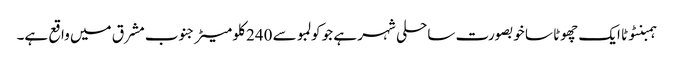
ہمبنٹوٹا ایک چھوٹا سا خوبصورت ساحلی شہر ہے جو کولمبو سے 240 کلو میٹر جنوب مشرق میں واقع ہے۔